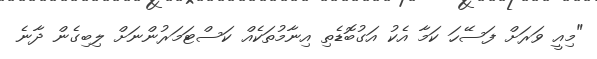
"މިއީ ވަރަށް ފަސޭހަ ކަމާ އެކު އަގުބޮޑެތި އިނާމުތަކެއް ކަސްޓަމަރުންނަށް ލިބިގެން ދާނެ